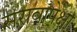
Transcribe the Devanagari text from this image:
सरावापेक्षा